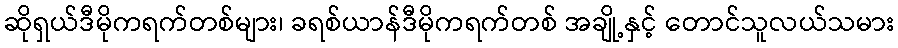
ဆိုရှယ်ဒီမိုကရက်တစ်များ၊ ခရစ်ယာန်ဒီမိုကရက်တစ် အချို့နှင့် တောင်သူလယ်သမား